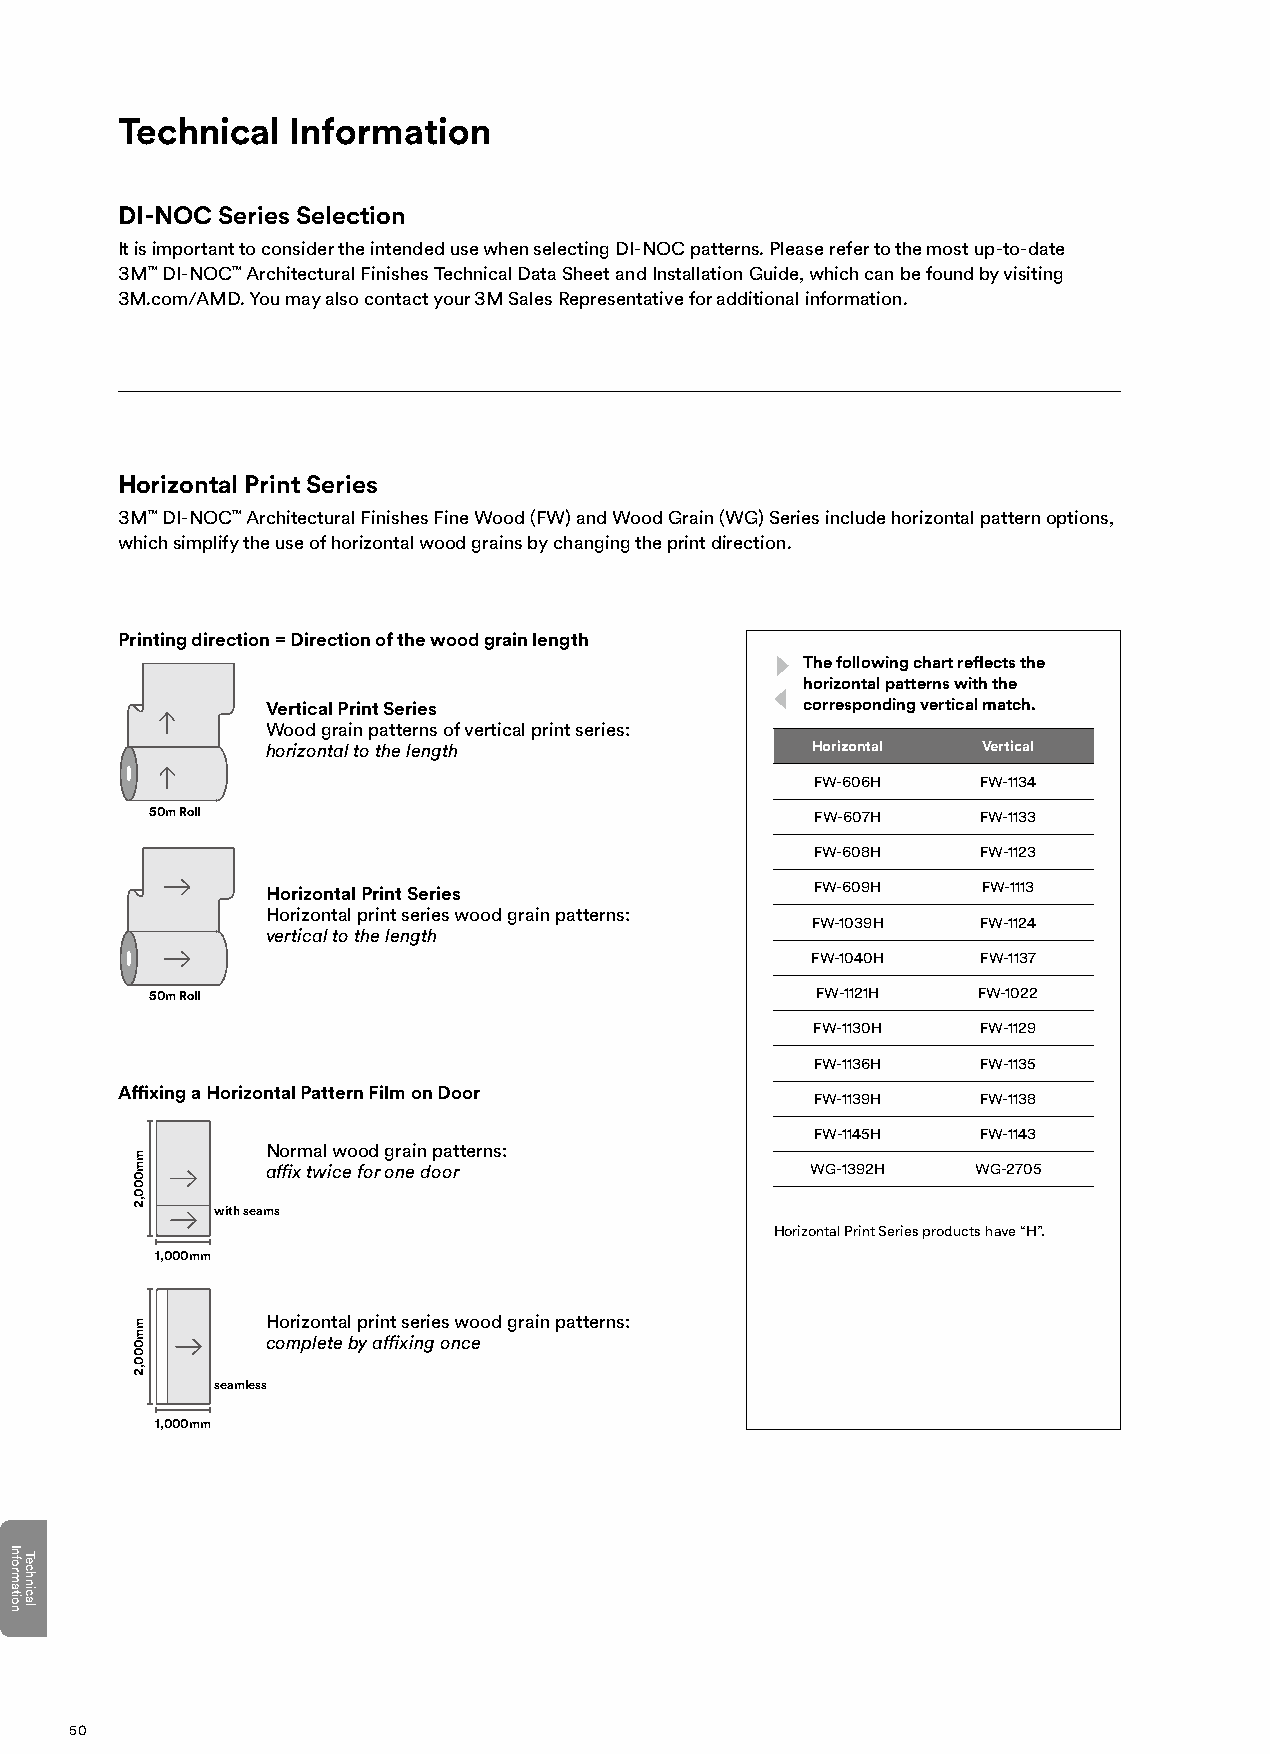
Technical  Information
 DI-NOC Series Selection
 It is important to consider the intended use when selecting DI-NOC patterns. Please refer to the most up-to-date
 3M™ DI-NOC™ Architectural Finishes Technical Data Sheet and Installation Guide, which can be found by visiting
 3M.com/AMD. You may also contact your 3M Sales Representative for additional information.
 Horizontal Print Series
 3M™ DI-NOC™ Architectural Finishes Fine Wood (FW) and Wood Grain (WG) Series include horizontal pattern options,
 which simplify the use of horizontal wood grains by changing the print direction.
 Printing direction = Direction of the wood grain length
 The following chart reflects the
 horizontal patterns with the
 Vertical Print Series              corresponding vertical match.
 Wood grain patterns of vertical print series:
 horizontal to the length            Horizontal Vertical
 FW-606H    FW-1134
 50m Roll                                    FW-607H    FW-1133
 FW-608H    FW-1123
 Horizontal Print Series             FW-609H    FW-1113
 Horizontal print series wood grain patterns:
 FW-1039H   FW-1124
 vertical to the length
 FW-1040H   FW-1137
 50m Roll                                    FW-1121H   FW-1022
 FW-1130H   FW-1129
 FW-1136H   FW-1135
 Affixing a Horizontal Pattern Film on Door
 FW-1139H   FW-1138
 FW-1145H   FW-1143
 Normal wood grain patterns:
 affix twice for one door            WG-1392H   WG-2705
 with seams
 Horizontal Print Series products have “H”.
 1,000mm
 Horizontal print series wood grain patterns:
 complete by affixing once
 seamless
 1,000mm
 50
 Information
 Technical
 mm000,2
 mm000,2